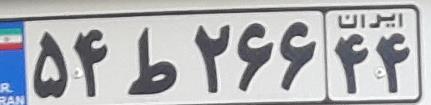
۵۴ط۲۶۶۴۴